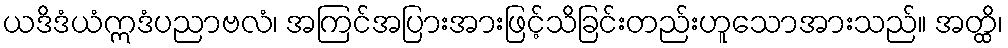
ယဒိဒံယံဣဒံပညာဗလံ၊ အကြင်အပြားအားဖြင့်သိခြင်းတည်းဟူသောအားသည်။ အတ္ထိ၊